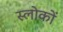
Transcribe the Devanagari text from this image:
स्लोकों